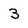
Character: 3